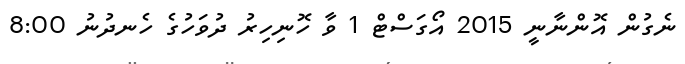
ނެގުން އޮންނާނީ 2015 އޯގަސްޓް 1 ވާ ހޮނިހިރު ދުވަހުގެ ހެނދުނު 8:00